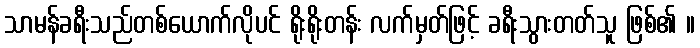
သာမန်ခရီးသည်တစ်ယောက်လိုပင် ရိုးရိုးတန်း လက်မှတ်ဖြင့် ခရီးသွားတတ်သူ ဖြစ်၏ ။